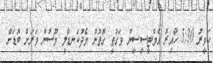
ހަވީރު 5:30 ހާއިރު އެމްޓީސީސީން ވަގުތީ ގޮތުން މެދުކަނޑާލީ މޫސުން ވަރަށް ބޮޑަށް